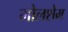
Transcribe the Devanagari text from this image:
मोलशेम